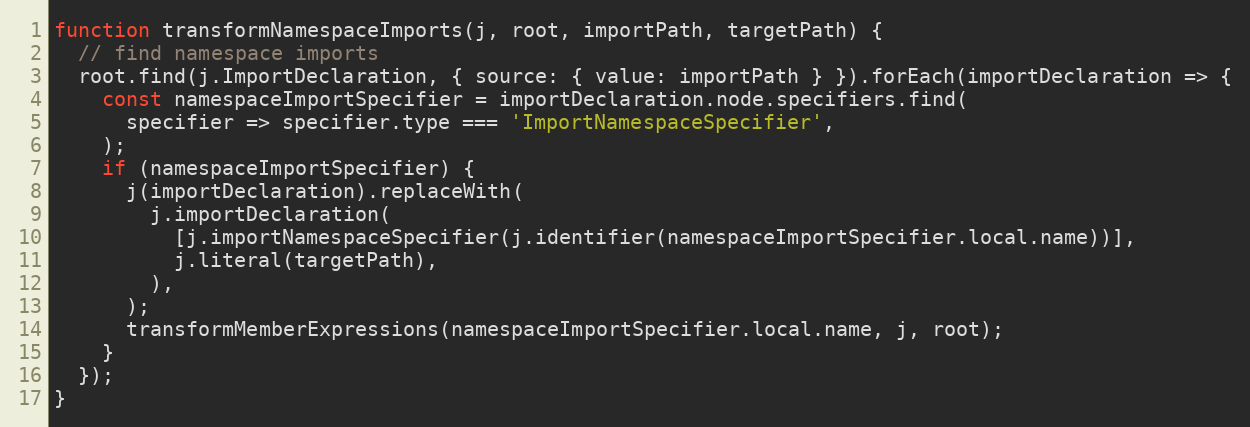
Language: JavaScript
function transformNamespaceImports(j, root, importPath, targetPath) {
  // find namespace imports
  root.find(j.ImportDeclaration, { source: { value: importPath } }).forEach(importDeclaration => {
    const namespaceImportSpecifier = importDeclaration.node.specifiers.find(
      specifier => specifier.type === 'ImportNamespaceSpecifier',
    );
    if (namespaceImportSpecifier) {
      j(importDeclaration).replaceWith(
        j.importDeclaration(
          [j.importNamespaceSpecifier(j.identifier(namespaceImportSpecifier.local.name))],
          j.literal(targetPath),
        ),
      );
      transformMemberExpressions(namespaceImportSpecifier.local.name, j, root);
    }
  });
}